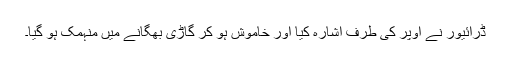
ڈرائیور نے اوپر کی طرف اشارہ کیا اور خاموش ہو کر گاڑی بھگانے میں منہمک ہو گیا۔